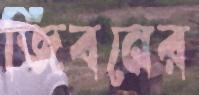
জিবনের